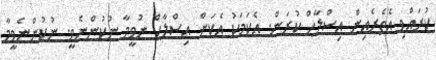
ކުރައްވި އެތެރެއިން އިސްލާހް ކުރަން. އެކަމަކު އެކަން އިސްލާހް ނުވީމާ ނުކުންނެވީ. ނުކުންނެވީމާ